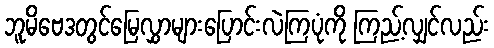
ဘူမိဗေဒတွင်မြေလွှာများပြောင်းလဲကြပုံကို ကြည့်လျှင်လည်း